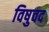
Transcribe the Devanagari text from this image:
विषुवद